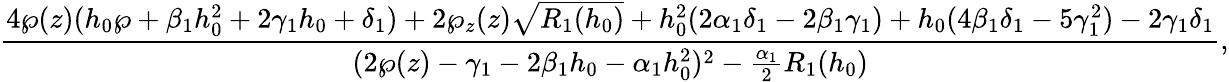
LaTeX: \frac{4\wp(z)(h_{0}\wp+\beta_{1}h_{0}^{2}+2\gamma_{1}h_{0}+\delta_{1})+2\wp_{z}(z)\sqrt{R_{1}(h_{0})}+h_{0}^{2}(2\alpha_{1}\delta_{1}-2\beta_{1}\gamma_{1})+h_{0}(4\beta_{1}\delta_{1}-5\gamma_{1}^{2})-2\gamma_{1}\delta_{1}}{(2\wp(z)-\gamma_{1}-2\beta_{1}h_{0}-\alpha_{1}h_{0}^{2})^{2}-\frac{\alpha_{1}}{2}R_{1}(h_{0})},